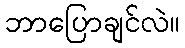
ဘာပြောချင်လဲ။